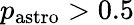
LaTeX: p_{\mathrm{{astro}}}>0.5